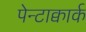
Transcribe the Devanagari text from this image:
पेन्टाक्वार्क